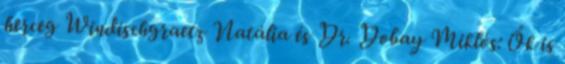
herceg Windischgraetz Natália és Dr. Dobay Miklós: Ők is